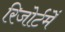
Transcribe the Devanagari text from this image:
रिजोर्टमेँ